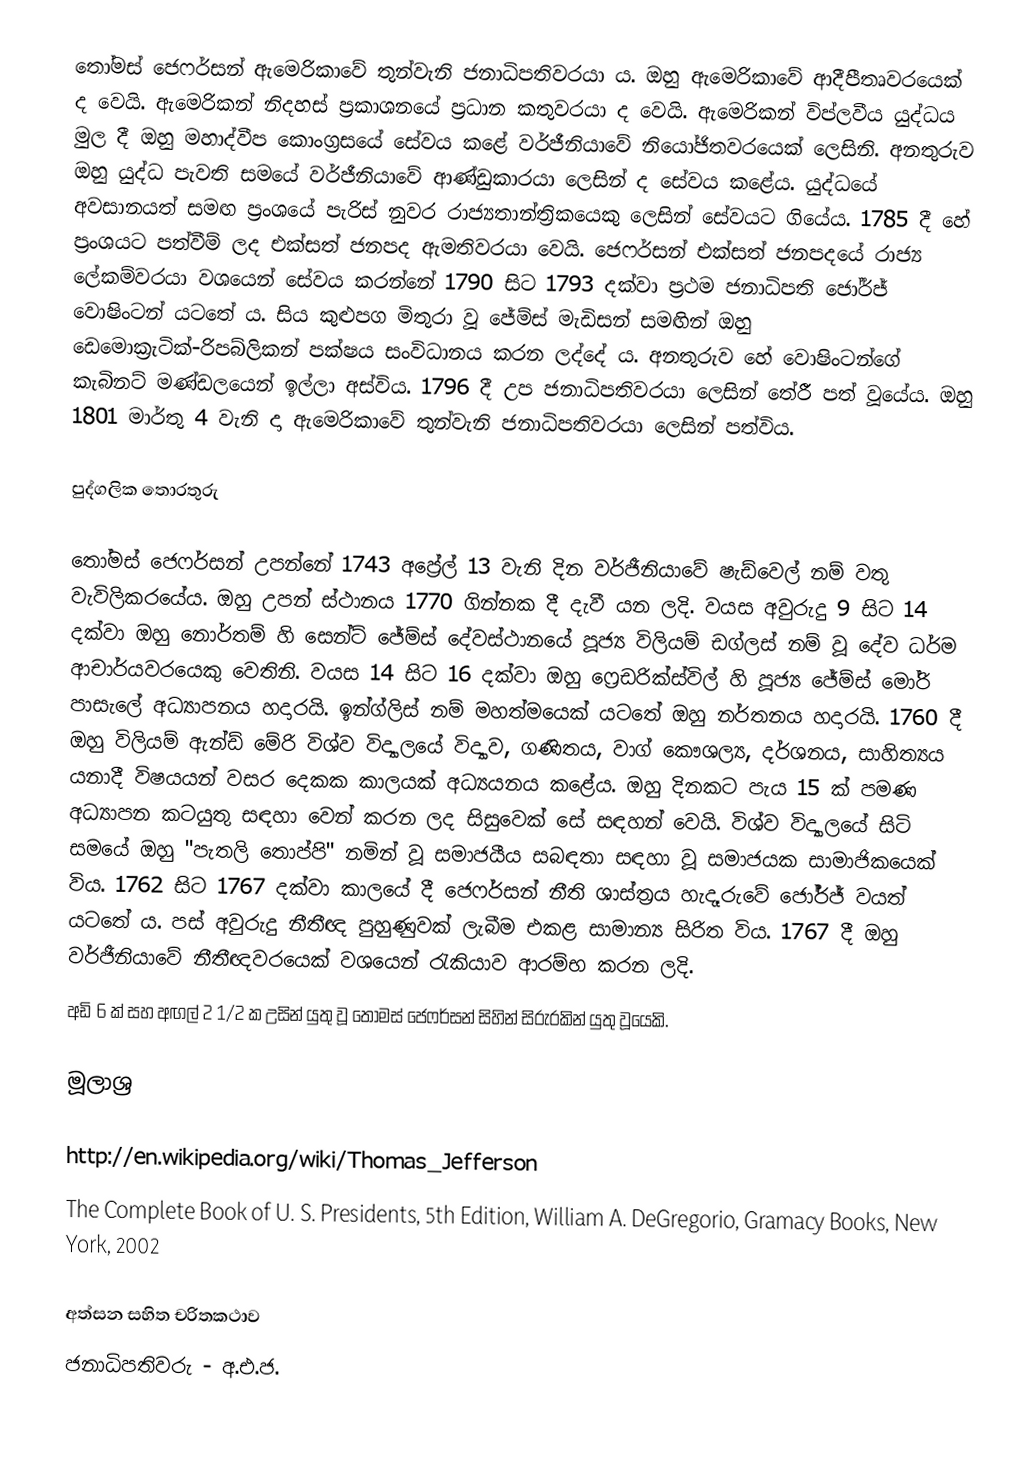
තෝමස් ජෙෆර්සන් ඇමෙරිකාවේ තුන්වැනි ජනාධිපතිවරයා ය. ඔහු ඇමෙරිකාවේ ආදීපීතෘවරයෙක් ද වෙයි. ඇමෙරිකන් නිදහස් ප්‍රකාශනයේ ප්‍රධාන කතුවරයා ද වෙයි. ඇමෙරිකන් විප්ලවීය යුද්ධය මුල දී ඔහු මහාද්වීප කොංග්‍රසයේ සේවය කළේ වර්ජීනියාවේ නියෝජිතවරයෙක් ලෙසිනි. අනතුරුව ඔහු යුද්ධ පැවති සමයේ වර්ජීනියාවේ ආණ්ඩුකාරයා ලෙසින් ද සේවය කළේය. යුද්ධයේ අවසානයත් සමඟ ප්‍රංශයේ පැරිස් නුවර රාජ්‍යතාන්ත්‍රිකයෙකු ලෙසින් සේවයට ගියේය. 1785 දී හේ ප්‍රංශයට පත්වීම් ලද එක්සත් ජනපද ඇමතිවරයා වෙයි. ජෙෆර්සන් එක්සත් ජනපදයේ රාජ්‍ය ලේකම්වරයා වශයෙන් සේවය කරන්නේ 1790 සිට 1793 දක්වා ප්‍රථම ජනාධිපති ජෝර්ජ් වොෂිංටන් යටතේ ය. සිය කුළුපග මිතුරා වූ ජේම්ස් මැඩිසන් සමඟින් ඔහු ඩෙමොක්‍රැටික්-රිපබ්ලිකන් පක්ෂය සංවිධානය කරන ලද්දේ ය. අනතුරුව හේ වොෂිංටන්ගේ කැබිනට් මණ්ඩලයෙන් ඉල්ලා අස්විය. 1796 දී උප ජනාධිපතිවරයා ලෙසින් තේරී පත් වූයේය. ඔහු 1801 මාර්තු 4 වැනි දා ඇමෙරිකාවේ තුන්වැනි ජනාධිපතිවරයා ලෙසින් පත්විය.

පුද්ගලික තොරතුරු

තෝමස් ජෙෆර්සන් උපන්නේ 1743 අප්‍රේල් 13 වැනි දින වර්ජීනියාවේ ෂැඩ්වෙල් නම් වතු වැවිලිකරයේය. ඔහු උපන් ස්ථානය 1770 ගින්නක දී දැවී යන ලදි. වයස අවුරුදු 9 සිට 14 දක්වා ඔහු නොර්තම් හි සෙන්ට් ජේම්ස් දේවස්ථානයේ පූජ්‍ය විලියම් ඩග්ලස් නම් වූ දේව ධර්ම ආචාර්යවරයෙකු වෙතිනි. වයස 14 සිට 16 දක්වා ඔහු ෆ්‍රෙඩරික්ස්විල් හි පූජ්‍ය ජේම්ස් මෝරි පාසැලේ අධ්‍යාපනය හදාරයි. ඉන්ග්ලිස් නම් මහත්මයෙක් යටතේ ඔහු නර්තනය හදාරයි. 1760 දී ඔහු විලියම් ඇන්ඩ් මේරි විශ්ව විද්‍යාලයේ විද්‍යාව, ගණිතය, වාග් කෞශල්‍ය, දර්ශනය, සාහිත්‍යය යනාදී විෂයයන් වසර දෙකක කාලයක් අධ්‍යයනය කළේය. ඔහු දිනකට පැය 15 ක් පමණ අධ්‍යාපන කටයුතු සඳහා වෙන් කරන ලද සිසුවෙක් සේ සඳහන් වෙයි. විශ්ව විද්‍යාලයේ සිටි සමයේ ඔහු "පැතලි තොප්පි" නමින් වූ සමාජයීය සබඳතා සඳහා වූ සමාජයක සාමාජිකයෙක් විය. 1762 සිට 1767 දක්වා කාලයේ දී ජෙෆර්සන් නීති ශාස්ත්‍රය හැදෑරුවේ ජෝර්ජ් වයත් යටතේ ය. පස් අවුරුදු නීතීඥ පුහුණුවක් ලැබීම එකළ සාමාන්‍ය සිරිත විය. 1767 දී ඔහු වර්ජීනියාවේ නීතීඥවරයෙක් වශයෙන් රැකියාව ආරම්භ කරන ලදි.
අඩි 6 ක් සහ අඟල් 2 1/2 ක උසින් යුතු වූ තෝමස් ජෙෆර්සන් සිහින් සිරුරකින් යුතු වූයෙකි.

මූලාශ්‍ර

 http://en.wikipedia.org/wiki/Thomas_Jefferson
 The Complete Book of U. S. Presidents, 5th Edition, William A. DeGregorio, Gramacy Books, New York, 2002

අත්සන සහිත චරිතකථාව
ජනාධිපතිවරු - අ.එ.ජ.